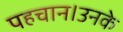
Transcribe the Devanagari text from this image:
पहचान।उनके